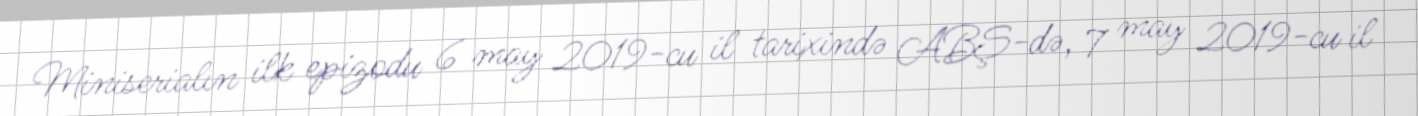
Miniserialın ilk epizodu 6 may 2019-cu il tarixində ABŞ-də, 7 may 2019-cu il